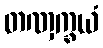
တဏှက္ခယံ